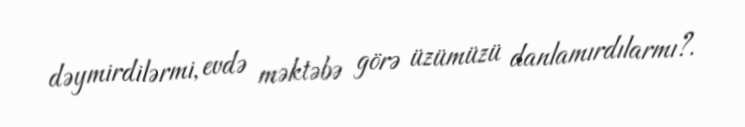
dəymirdilərmi, evdə məktəbə görə üzümüzü danlamırdılarmı?.